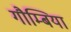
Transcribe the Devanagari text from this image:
गौम्बिया